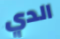
الدي